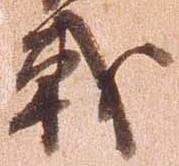
戦